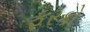
ફરકો